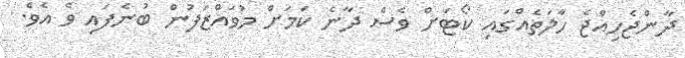
ދާންޖެހިއްޖެ ހާލަތެއްގައި ކޯޓަށް ވެސް ދާނެ ކަމަށް މުވައްޒަފުން ބުނެފައި ވެ އެވެ.